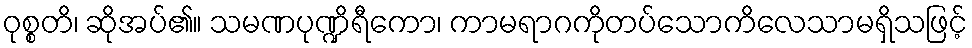
ဝုစ္စတိ၊ ဆိုအပ်၏။ သမဏပုဏ္ဍိရီကော၊ ကာမရာဂကိုတပ်သောကိလေသာမရှိသဖြင့်